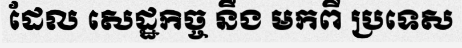
ដែល សេដ្ឋកិច្ច នឹង មកពី ប្រទេស